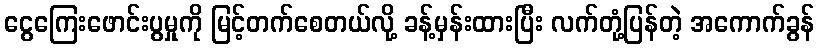
ငွေကြေးဖောင်းပွမှုကို မြင့်တက်စေတယ်လို့ ခန့်မှန်းထားပြီး လက်တုံ့ပြန်တဲ့ အကောက်ခွန်